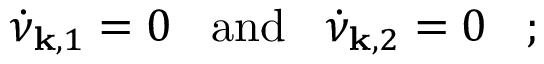
\dot { \nu } _ { { \bf k } , 1 } = 0 \; \; \; \mathrm { a n d } \; \; \; \dot { \nu } _ { { \bf k } , 2 } = 0 \; \; \; ;